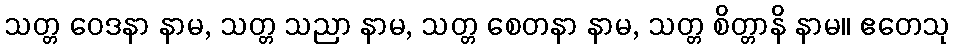
သတ္တ ဝေဒနာ နာမ, သတ္တ သညာ နာမ, သတ္တ စေတနာ နာမ, သတ္တ စိတ္တာနိ နာမ။ ဧတေသု